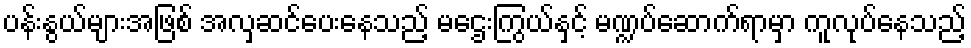
ပန်းနွယ်များအဖြစ် အလှဆင်ပေးနေသည့် မဌေးကြွယ်နှင့် မဏ္ဍပ်ဆောက်ရာမှာ ကူလုပ်နေသည့်